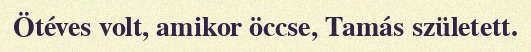
Ötéves volt, amikor öccse, Tamás született.